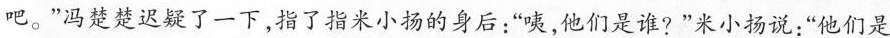
吧。”冯楚楚迟疑了一下,指了指米小扬的身后:咦,他们是谁?”米小扬说:“他们是